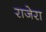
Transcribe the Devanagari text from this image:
राजेरा